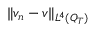
\lVert v _ { n } - v \rVert _ { L ^ { 4 } ( Q _ { T } ) }